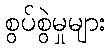
စွပ်စွဲမှုများ